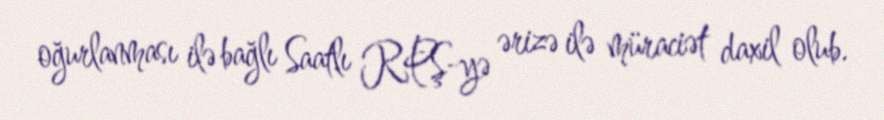
oğurlanması ilə bağlı Saatlı RPŞ-yə ərizə ilə müraciət daxil olub.